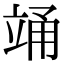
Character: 𮄯